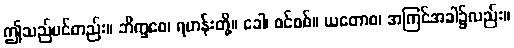
ဤသည်ပင်တည်း။ ဘိက္ခဝေ၊ ရဟန်းတို့။ ခေါ၊ စင်စစ်။ ယတောစ၊ အကြင်အခါ၌လည်း။